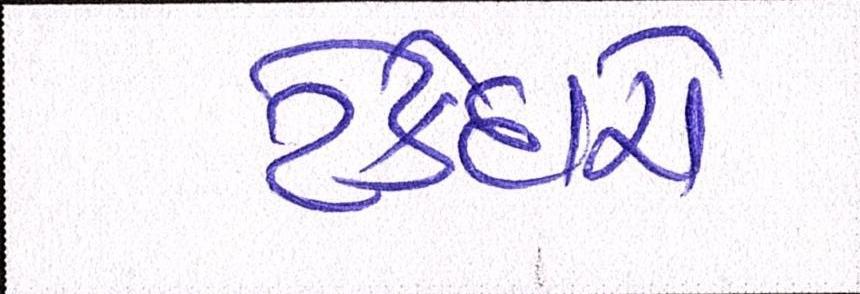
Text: ટેકેદારો